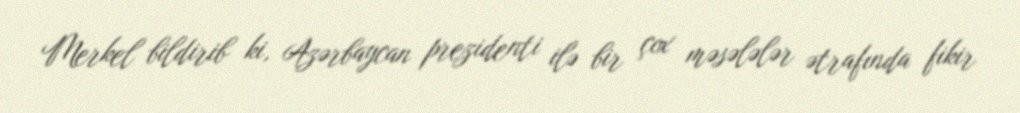
Merkel bildirib ki, Azərbaycan prezidenti ilə bir çox məsələlər ətrafında fikir